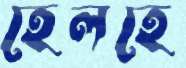
হেলহে